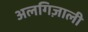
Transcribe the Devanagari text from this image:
अलगिज़ाली